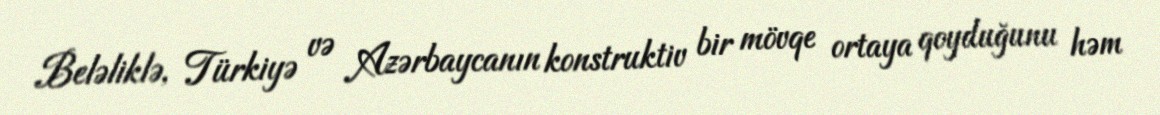
Beləliklə, Türkiyə və Azərbaycanın konstruktiv bir mövqe ortaya qoyduğunu həm